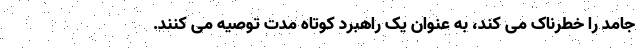
جامد را خطرناک می کند، به عنوان یک راهبرد کوتاه مدت توصیه می کنند.